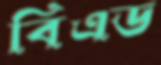
বিএড